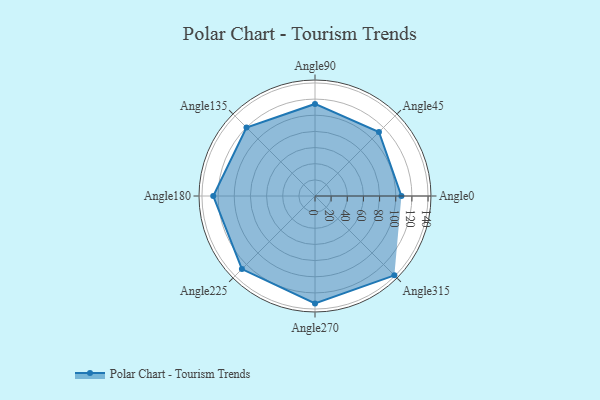
{"axis": {"x": "Angle", "y": "Radius"}, "legend": [""], "data": [{"x": "Angle0", "y": 107.0, "type": ""}, {"x": "Angle45", "y": 112.0, "type": ""}, {"x": "Angle90", "y": 114.0, "type": ""}, {"x": "Angle135", "y": 120.0, "type": ""}, {"x": "Angle180", "y": 126.0, "type": ""}, {"x": "Angle225", "y": 128.0, "type": ""}, {"x": "Angle270", "y": 133.0, "type": ""}, {"x": "Angle315", "y": 139.0, "type": ""}]}